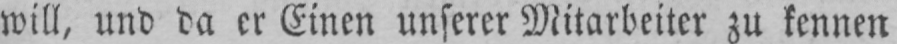
will, und da er Einen unserer Mitarbeiter zu kennen